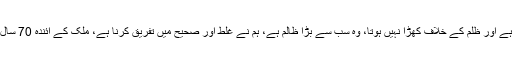
انہوں نے مزید کہا کہ جو ظلم برداشت کرتا رہتا ہے اور ظلم کے خلاف کھڑا نہیں ہوتا، وہ سب سے بڑا ظالم ہے، ہم نے غلط اور صحیح میں تفریق کرنا ہے، ملک کے آئندہ 70 سال پچھلے 70 سالوں کی طرح نہیں گزرنے چاہئیں۔